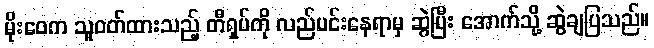
မိုးဝေက သူဝတ်ထားသည့် တီရှပ်ကို လည်ပင်းနေရာမှ ဆွဲပြီး အောက်သို့ ဆွဲချပြသည်။